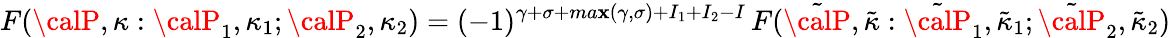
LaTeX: F({\calP},\kappa:{\calP}_{1},{\kappa}_{1};{\calP}_{2},{\kappa}_{2})=(-1)^{\gamma+\sigma+ma\mathbf{x}(\gamma,\sigma)+I_{1}+I_{2}-I}\, F(\tilde{{\calP}},\tilde{{\kappa}}:\tilde{{\calP}}_{1},\tilde{{\kappa}}_{1};\tilde{{\calP}}_{2},\tilde{{\kappa}}_{2})